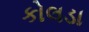
કોલડા